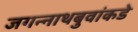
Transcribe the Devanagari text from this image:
जगन्नाथबुवांकडे